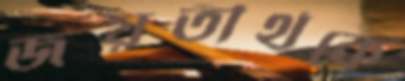
জয়তীর্থকে